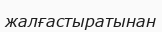
жалғастыратынан